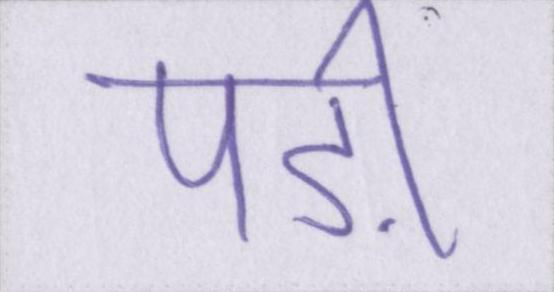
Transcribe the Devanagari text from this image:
पड़ी